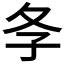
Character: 𡕕